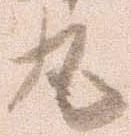
丸